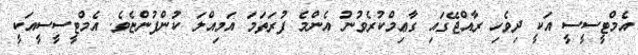
އެމްޓީސީސީ އަކީ ދިވެހި ރާއްޖޭގައި ގާޢިމްކުރެވުނު އެންމެ ފުރަތަމަ އަމިއްލަ ކުންފުންޏެވެ. އެމްޓީސީސީއަކީ